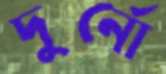
দুর্নো